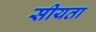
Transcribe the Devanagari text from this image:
सीयता